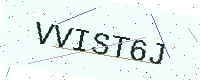
Text: VVIST6J